Civil Veterinary Dept. Bombay admin report 1900-1906 - 1900-1906
Year: 1900
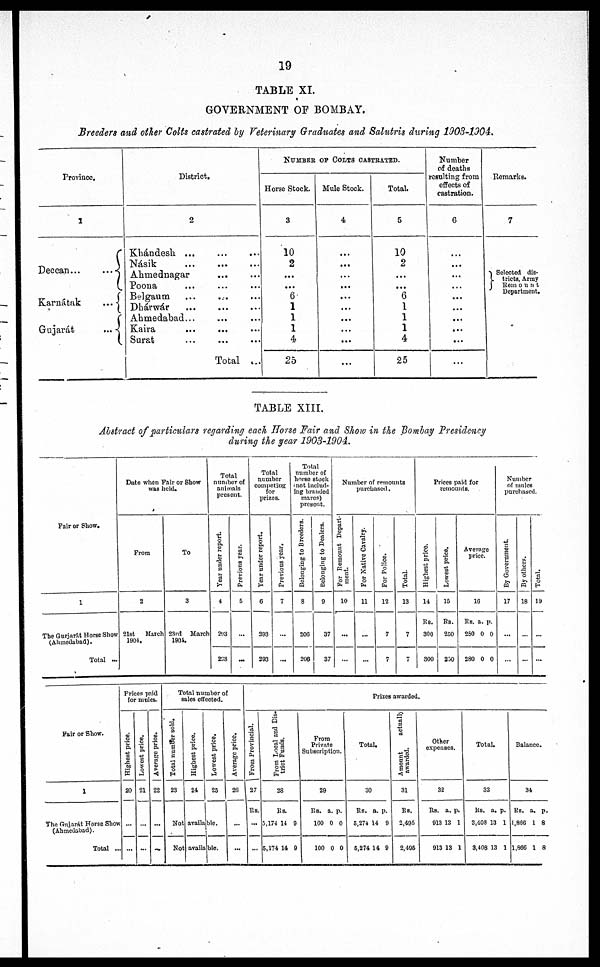
19
TABLE XI.
GOVERNMENT OF BOMBAY.
Breeders and other Colts castrated by Veterinary Graduates and Salutris during 1903-1904.
Province.
1
Deccan
Karnátak
...
Gujarát
...
District,
2
Khándesh ... ... ...
Násik
...
...
...
Ahmednagar ... ...
Poona
Belgaum ... ... ...
Dhárwár
...
...
...
Ahmedabad... ... ...
Kaira ... ... ...
Surat ... ... ...
Total ...
NUMBER
OF
COLTS
CASTRATED.
Horse Stock.
3
10
2
...
...
6
1
1
1
4
25
Mule Stock.
4
...
...
...
...
...
...
...
...
...
...
Total.
5
10
2
...
...
6
1
1
1
4
25
Number
of deaths
resulting from
effects of
castration.
6
...
...
...
...
...
...
...
...
...
...
Remarks.
7
Selected dis-
tricts, Army
Remount
Department,
TABLE XIII.
Abstract of particulars regarding each Horse Fair and Show in the Bombay Presidency
during the year 1903-1904.
Fair or Show.
1
The Gurjarát Horse Show
(Ahmedabad).
Total ...
Date when Fair or Show
was held.
From
2
21st
March
1904.
To
3
23rd
March
1904.
Total
number of
animals
present.
Year under report.
4
293
293
Previous year.
5
...
...
Total
number
competing
for
prizes.
Year under report.
6
293
293
Previous year.
7
...
...
Total
number of
horse stock
not includ-
ing branded
mares)
present.
Belonging to Breeders.
8
206
206
Belonging to Dealers.
9
37
37
Number of remounts
purchased.
For Remount Depart-
ment.
10
...
...
For Native Cavalry.
11
...
...
For Police.
12
7
7
Total.
13
7
7
Prices paid for
remounts.
Highest price.
14
Rs.
300
300
Lowest price.
15
Rs.
250
250
Average
price.
16
Rs. a. p.
250 0 0
280 0 0
Number
of mules
purchased.
By Government.
17
...
...
By others.
18
...
...
Total.
19
...
...
Fair or Show.
1
The Gujarát Horse Show
(Ahmedabad).
Total ...
Prices paid
for mules.
Highest price.
20
...
...
Lowest price.
21
...
...
Average price.
22
...
...
Total number of
sales effected.
Total number sold.
23
Highest price.
24
Lowest price.
25
Not available.
Not available.
Average price.
26
...
...
Prizes awarded.
From Provincial.
27
Rs.
...
...
From Local and Dis-
trict Funds.
28
R
5,174
5,174
a.
14
14
p.
9
9
From
Private
Subscription.
29
Rs.
100
100
a.
0
0
p.
0
0
Total.
30
Rs.
5,274
5,274
a.
14
14
p.
9
9
Amount
actually
awarded.
31
Rs.
2,495
2,495
Othe
expensres.
32
Rs.
913 1
913
a.
3
13
p.
1
1
Total.
33
Rs.
3,408
3,408
a.
13
13
p.
1
1
Balance.
34
Rs.
1,860
1,866
a.
1
1
p.
8
8